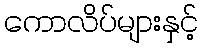
ကောလိပ်များနှင့်